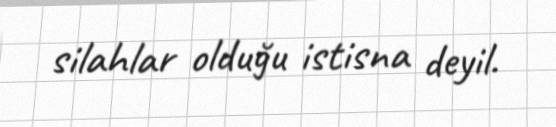
silahlar olduğu istisna deyil.